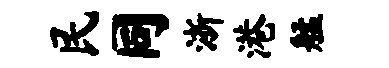
民同浙港艋